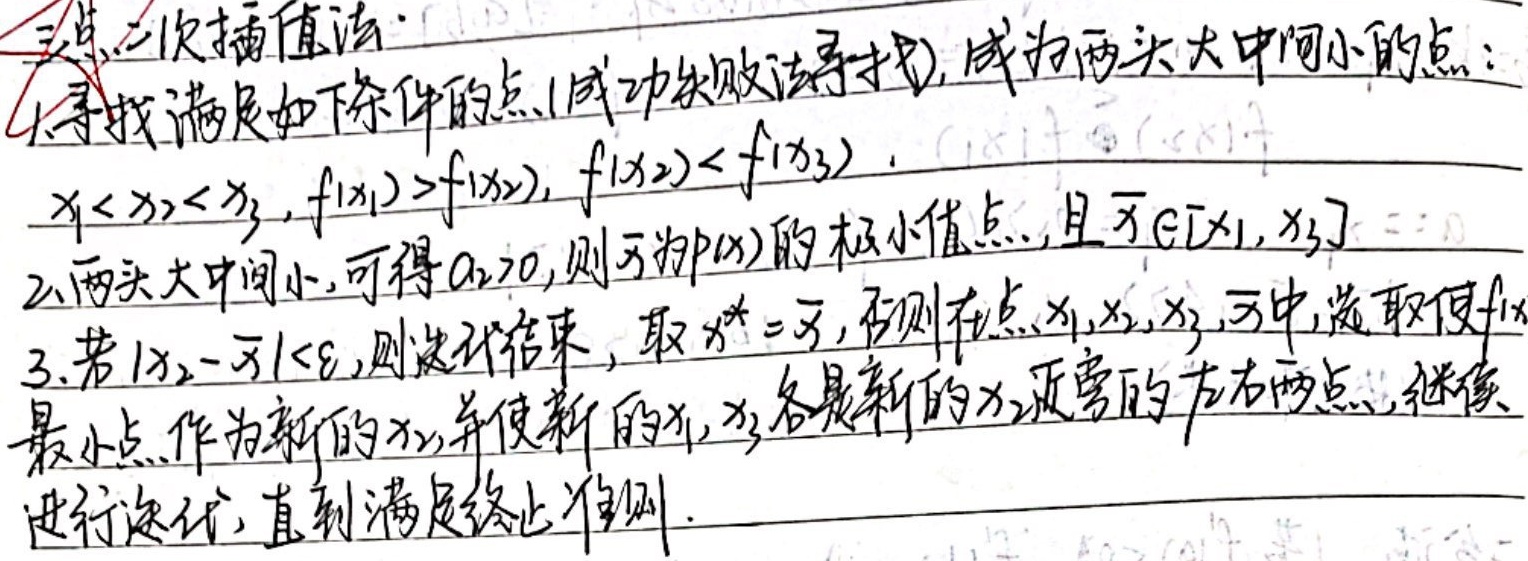
三点二次插值法：
1. 寻找满足如下条件的点(成功失败法寻找)，成为两头大中间小的点：\(x_{1}<x_{2}<x_{3}\)，\(f(x_{1})>f(x_{2})\)，\(f(x_{2})<f(x_{3})\)。
2. 两头大中间小，可得\(a_{2}>0\)，则\(\overline{x}\)为\(p(x)\)的极小值点，且\(\overline{x}\in[x_{1},x_{3}]\)。
3. 若\(\vert x_{2}-\overline{x}\vert<\varepsilon\)，则迭代结束，取\(x^{*}=\overline{x}\)；否则在点\(x_{1},x_{2},x_{3},\overline{x}\)中，选取使\(f(x)\)最小点作为新的\(x_{2}\)，并使新的\(x_{1},x_{3}\)各是新的\(x_{2}\)近旁的左右两点，继续进行迭代，直到满足终止准则。